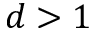
d > 1